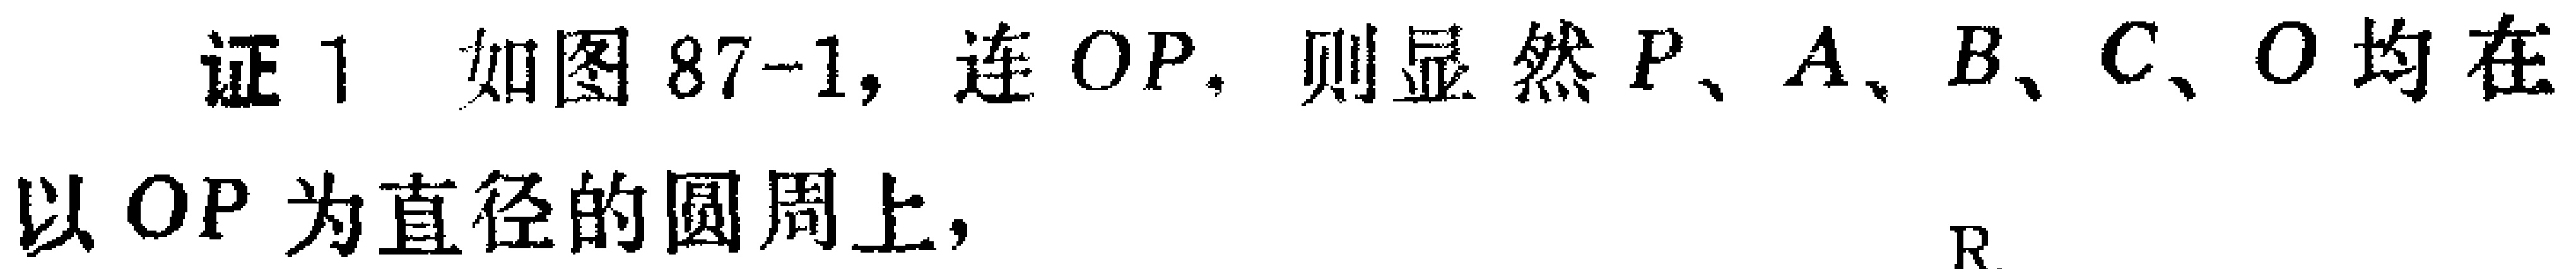
证 1 如图 87-1, 连 \(OP\). 则显然 \(P、A、B、C、O\) 均在以 \(OP\) 为直径的圆周上,